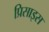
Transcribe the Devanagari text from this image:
प्रिसाइस